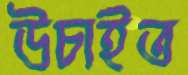
উচাইত